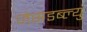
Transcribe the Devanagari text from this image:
जेसडब्ल्यु